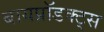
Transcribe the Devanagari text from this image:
बायप्रॉडक्ट्स